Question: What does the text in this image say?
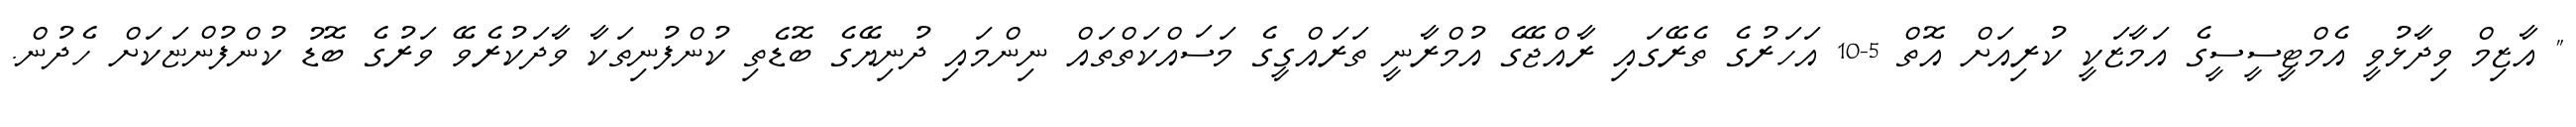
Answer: " އާޒިމް ވިދާޅުވީ އެމްޓީސީސީގެ އަމާޒަކީ ކުރިއަށް އޮތް 5-10 އަހަރުގެ ތެރޭގައި ރާއްޖޭގެ އުމްރާނީ ތަރައްގީގެ މަސައްކަތްތައް ނިންމައި ދުނިޔޭގެ ބޮޑެތި ކުންފުނިތަކާ ވާދަކުރެވޭ ވަރުގެ ބޮޑު ކުންފުންޏަކަށް ހެދުން.